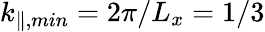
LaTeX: k_{\parallel,min}=2\pi/L_{x}=1/3